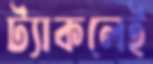
ট্যাকলেই